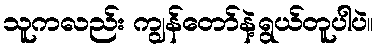
သူကလည်း ကျွန်တော်နဲ့ရွယ်တူပါပဲ။